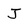
Character: J